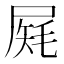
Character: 𡲔